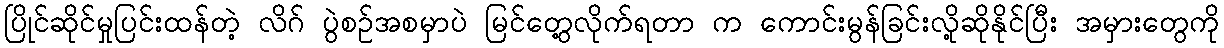
ပြိုင်ဆိုင်မှုပြင်းထန်တဲ့ လိဂ် ပွဲစဉ်အစမှာပဲ မြင်တွေ့လိုက်ရတာ က ကောင်းမွန်ခြင်းလို့ဆိုနိုင်ပြီး အမှားတွေကို